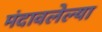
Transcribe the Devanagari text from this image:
मंदावलेल्या